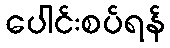
ပေါင်းစပ်ရန်